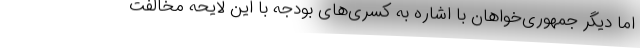
اما دیگر جمهوری‌خواهان با اشاره به کسری‌های بودجه با این لایحه مخالفت